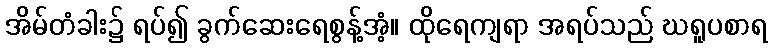
အိမ်တံခါး၌ ရပ်၍ ခွက်ဆေးရေစွန့်အံ့။ ထိုရေကျရာ အရပ်သည် ဃရူပစာရ